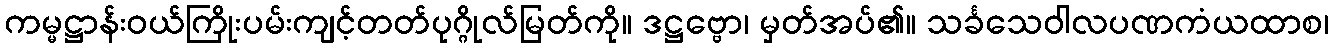
ကမ္မဋ္ဌာန်းဝယ်ကြိုးပမ်းကျင့်တတ်ပုဂ္ဂိုလ်မြတ်ကို။ ဒဋ္ဌဗ္ဗော၊ မှတ်အပ်၏။ သင်္ခသေဝါလပဏကံယထာစ၊